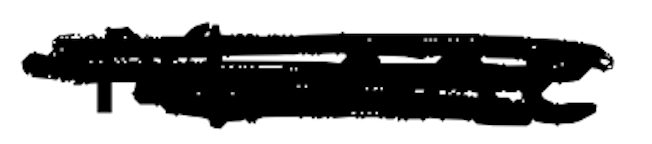
Text: Marine
Cross-out: scratch
Writing tool: digital_black